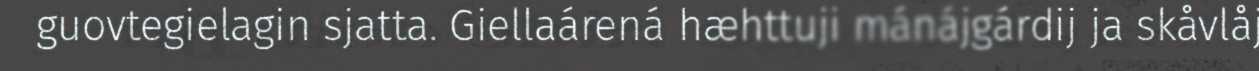
guovtegielagin sjatta. Giellaárená hæhttuji mánájgárdij ja skåvlåj